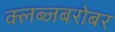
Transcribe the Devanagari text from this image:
क्लब्जबरोबर